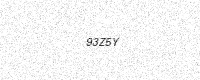
Text: 93Z5Y